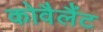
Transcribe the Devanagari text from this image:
कोवैलैंट